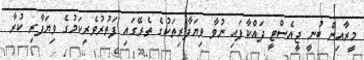
މީރާއިން ބުނީ ޖީއެސްޓީ ދައްކާފައި ނުވާ ވިޔަފާރިތަކުގެ ތެރޭގައި ފަތުރުވެރިކަމުގެ ވިޔަފާރި ކުރާ